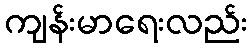
ကျန်းမာရေးလည်း